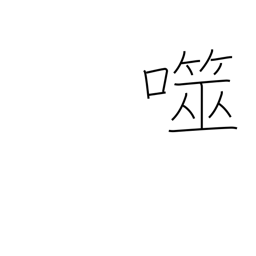
Meaning: bite